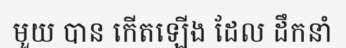
មួយ បាន កើតឡើង ដែល ដឹកនាំ